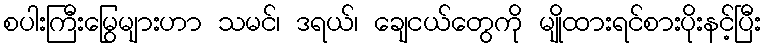
စပါးကြီးမြွေများဟာ သမင်၊ ဒရယ်၊ ချေငယ်တွေကို မျိုထားရင်စားပိုးနင့်ပြီး